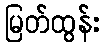
မြတ်ထွန်း